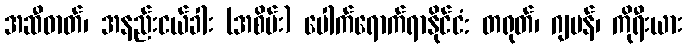
အဆီဓာတ်၊ အနည်းငယ်ခါး (အစိမ်း) ပေါက်ရောက်ရာနိုင်ငံ: တရုတ်၊ ဂျပန်၊ ကိုရီးယား